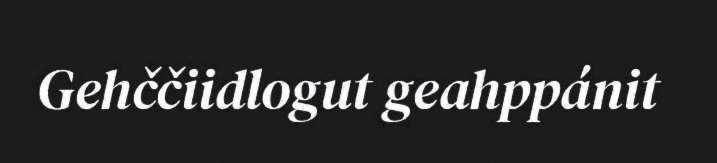
Gehččiidlogut geahppánit